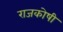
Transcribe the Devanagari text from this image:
राजकोषी